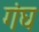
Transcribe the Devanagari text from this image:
गंघ